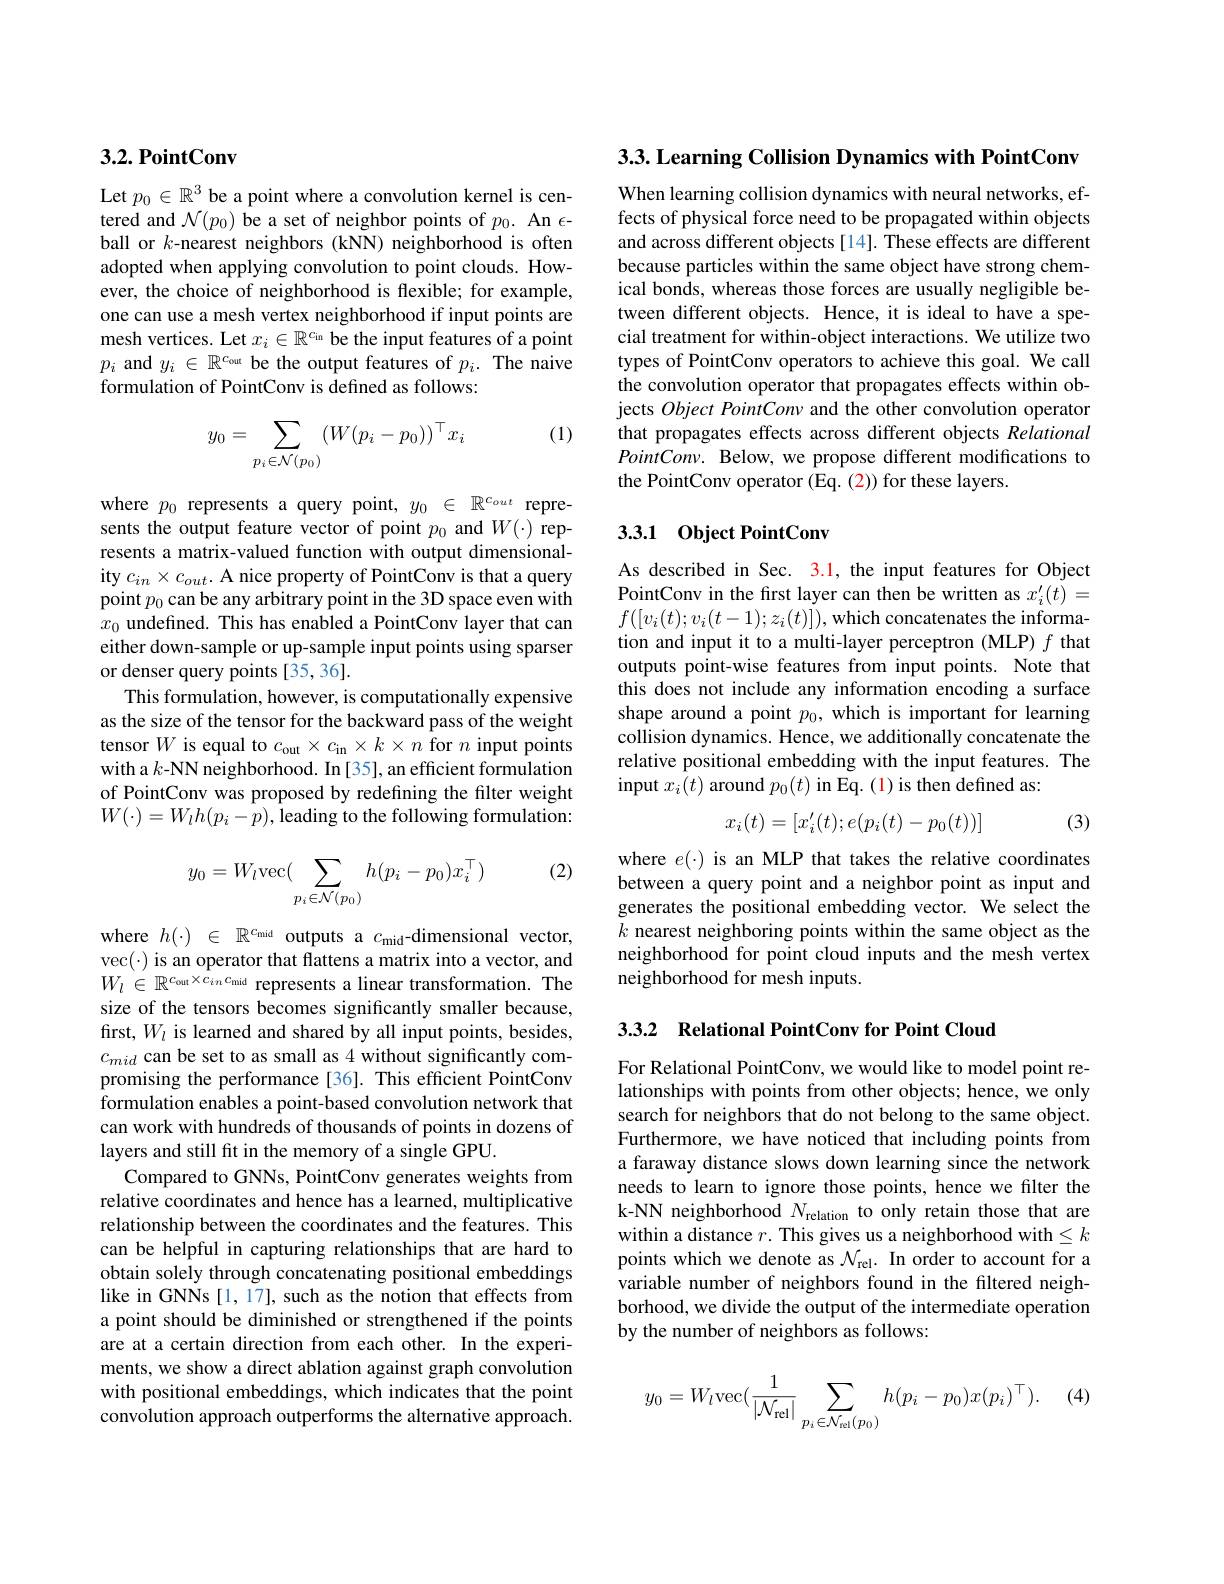
## 3.2. PointConv

Let $p_0\in\mathbb{R}^3$ be a point where a convolution kernel is centered and $\mathcal{N}(p_0)$ be a set of neighbor points of $p_0.$ An $\epsilon$- ball or $k$-nearest neighbors (kNN) neighborhood is often adopted when applying convolution to point clouds. However, the choice of neighborhood is flexible; for example, one can use a mesh vertex neighborhood if input points are mesh vertices. Let $x_i\in\mathbb{R}^{c_\mathrm{in}}$ be the input features of a point $p_i$ and $y_i\in\mathbb{R}^{c_{\mathrm{out}}}$ be the output features of $p_i.$ The naive formulation of PointConv is defined as follows:

(1)
$$y_0=\sum\limits_{p_i\in\mathcal{N}(p_0)}(W(p_i-p_0))^\top x_i$$
where $p_0$ represents a query point, $y_0\in\mathbb{R}^{c_{out}}$ represents the output feature vector of point $p_0$ and $W(\cdot)$ represents a matrix-valued function with output dimensionality $c_{in}\times c_{out}.$ A nice property of PointConv is that a query point $p_0$ can be any arbitrary point in the 3D space even with $x_0$ undefined. This has enabled a PointConv layer that can either down-sample or up-sample input points using sparser or denser query points [35,36].
This formulation, however, is computationally expensive as the size of the tensor for the backward pass of the weight tensor $W$ is equal to $c_\mathrm{out}\times c_\mathrm{in}\times k\times n$ for $n$ input points with a $k$-NN neighborhood. In [35], an efficient formulation of PointConv was proposed by redefining the filter weight $W(\cdot)=W_{l}h(p_{i}-p)$, leading to the following formulation:

(2)
$$y_0=W_l\text{vec}(\sum_{p_i\in\mathcal{N}(p_0)}h(p_i-p_0)x_i^\top)$$
where $h( \cdot )$ $\in$ $\mathbb{R} ^{c_{\mathrm{mid}}}$ outputs a $c_\mathrm{mid}$-dimensional vector, $\begin{array}{l}{\mathrm{vec(\cdot)~is~an~operator~that~flattens~a~matrix~into~a~vector,~and}}\\{W_{l}\in\mathbb{R}^{{c_{\mathrm{out}}\times c_{in}c_{\mathrm{mid}}}}}\end{array}$ size of the tensors becomes significantly smaller because, first, $W_l$ is learned and shared by all input points, besides, $c_{mid}$ can be set to as small as 4 without significantly compromising the performance [36]. This efficient PointConv formulation enables a point-based convolution network that can work with hundreds of thousands of points in dozens of layers and still fit in the memory of a single GPU.
Compared to GNNs, PointConv generates weights from relative coordinates and hence has a learned, multiplicative relationship between the coordinates and the features. This can be helpful in capturing relationships that are hard to obtain solely through concatenating positional embeddings like in GNNs [1, 17], such as the notion that effects from a point should be diminished or strengthened if the points are at a certain direction from each other. In the experiments, we show a direct ablation against graph convolution with positional embeddings, which indicates that the point convolution approach outperforms the alternative approach.

3.3. Learning Collision Dynamics with PointConv

When learning collision dynamics with neural networks, effects of physical force need to be propagated within objects and across different objects [14]. These effects are different because particles within the same object have strong chemical bonds, whereas those forces are usually negligible between different objects. Hence, it is ideal to have a special treatment for within-object interactions. We utilize two types of PointConv operators to achieve this goal. We call the convolution operator that propagates effects within objects Object PointConv and the other convolution operator that propagates effects across different objects Relational $PointConv.$ Below, we propose different modifications to the PointConv operator (Eq. (2)) for these layers.

## 3.3.1 Object PointConv

As described in Sec. 3.1, the input features for Object PointConv in the first layer can then be written as $x_i^{\prime}(t)=$ $f([v_i(t);v_i(t-1);z_i(t)])$,which concatenates the information and input it to a multi-layer perceptron (MLP) $f$ that outputs point-wise features from input points. Note that this does not include any information encoding a surface shape around a point $p_0$, which is important for learning collision dynamics. Hence, we additionally concatenate the relative positional embedding with the input features. The input $x_i(t)$ around $p_0(t)$ in Eq. (1)is then defined as:

(3)
$$x_i(t)=[x_i'(t);e(p_i(t)-p_0(t))]$$
where $e(\cdot)$ is an MLP that takes the relative coordinates between a query point and a neighbor point as input and generates the positional embedding vector. We select the $k$ nearest neighboring points within the same object as the neighborhood for point cloud inputs and the mesh vertex neighborhood for mesh inputs.

3.3.2 Relational PointConv for Point Cloud

For Relational PointConv, we would like to model point relationships with points from other objects; hence, we only search for neighbors that do not belong to the same object. Furthermore, we have noticed that including points from a faraway distance slows down learning since the network needs to learn to ignore those points, hence we filter the k-NN neighborhood $N_\mathrm{relation}$ to only retain those that are within a distance $r.$ This gives us a neighborhood with $\leq k$ points which we denote as $\mathcal{N}_\mathrm{rel}.$ In order to account for a variable number of neighbors found in the filtered neighborhood, we divide the output of the intermediate operation by the number of neighbors as follows:

(4)
$$y_0=W_l\mathrm{vec}(\frac{1}{|\mathcal{N}_{\mathrm{rel}}|}\sum_{p_i\in\mathcal{N}_{\mathrm{el}}(p_0)}h(p_i-p_0)x(p_i)^\top).$$